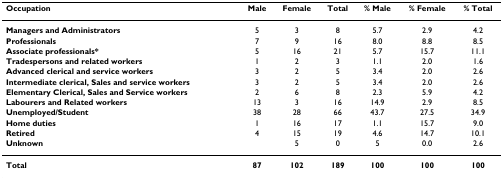
<table><thead><tr><td><b>Occupation</b></td><td><b>Male</b></td><td><b>Female</b></td><td><b>Total</b></td><td><b>% Male</b></td><td><b>% Female</b></td><td><b>% Total</b></td></tr></thead><tbody><tr><td><b>Managers and Administrators</b></td><td>5</td><td>3</td><td>8</td><td>5.7</td><td>2.9</td><td>4.2</td></tr><tr><td><b>Professionals</b></td><td>7</td><td>9</td><td>16</td><td>8.0</td><td>8.8</td><td>8.5</td></tr><tr><td><b>Associate professionals*</b></td><td>5</td><td>16</td><td>21</td><td>5.7</td><td>15.7</td><td>11.1</td></tr><tr><td><b>Tradespersons and related workers</b></td><td>1</td><td>2</td><td>3</td><td>1.1</td><td>2.0</td><td>1.6</td></tr><tr><td><b>Advanced clerical and service workers</b></td><td>3</td><td>2</td><td>5</td><td>3.4</td><td>2.0</td><td>2.6</td></tr><tr><td><b>Intermediate clerical, Sales and service workers</b></td><td>3</td><td>2</td><td>5</td><td>3.4</td><td>2.0</td><td>2.6</td></tr><tr><td><b>Elementary Clerical, Sales and Service workers</b></td><td>2</td><td>6</td><td>8</td><td>2.3</td><td>5.9</td><td>4.2</td></tr><tr><td><b>Labourers and Related workers</b></td><td>13</td><td>3</td><td>16</td><td>14.9</td><td>2.9</td><td>8.5</td></tr><tr><td><b>Unemployed/Student</b></td><td>38</td><td>28</td><td>66</td><td>43.7</td><td>27.5</td><td>34.9</td></tr><tr><td><b>Home duties</b></td><td>1</td><td>16</td><td>17</td><td>1.1</td><td>15.7</td><td>9.0</td></tr><tr><td><b>Retired</b></td><td>4</td><td>15</td><td>19</td><td>4.6</td><td>14.7</td><td>10.1</td></tr><tr><td><b>Unknown</b></td><td></td><td>5</td><td>0</td><td>5</td><td>0.0</td><td>2.6</td></tr><tr><td><b>Total</b></td><td><b>87</b></td><td><b>102</b></td><td><b>189</b></td><td><b>100</b></td><td><b>100</b></td><td><b>100</b></td></tr></tbody></table>